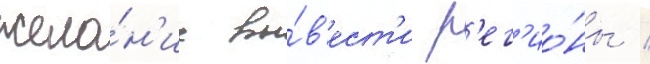
жела́н'ие вы́в'ест'и р'ег'ио́ны /